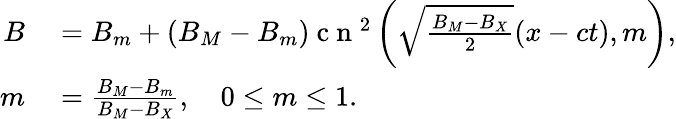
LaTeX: \begin{array}{rl}{B}&{{}=B_{m}+(B_{M}-B_{m})\mathrm{~c~n~}^{2}\left(\sqrt{\frac{B_{M}-B_{X}}{2}}(x-ct),m\right),}\\ {m}&{{}=\frac{B_{M}-B_{m}}{B_{M}-B_{X}},\quad 0\leq m\leq 1.}\end{array}